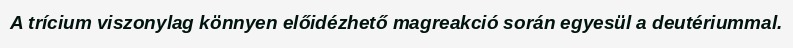
A trícium viszonylag könnyen előidézhető magreakció során egyesül a deutériummal.